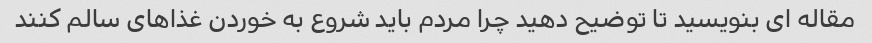
مقاله ای بنویسید تا توضیح دهید چرا مردم باید شروع به خوردن غذاهای سالم کنند